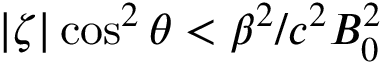
| \zeta | \cos ^ { 2 } \theta < \beta ^ { 2 } / c ^ { 2 } B _ { 0 } ^ { 2 }